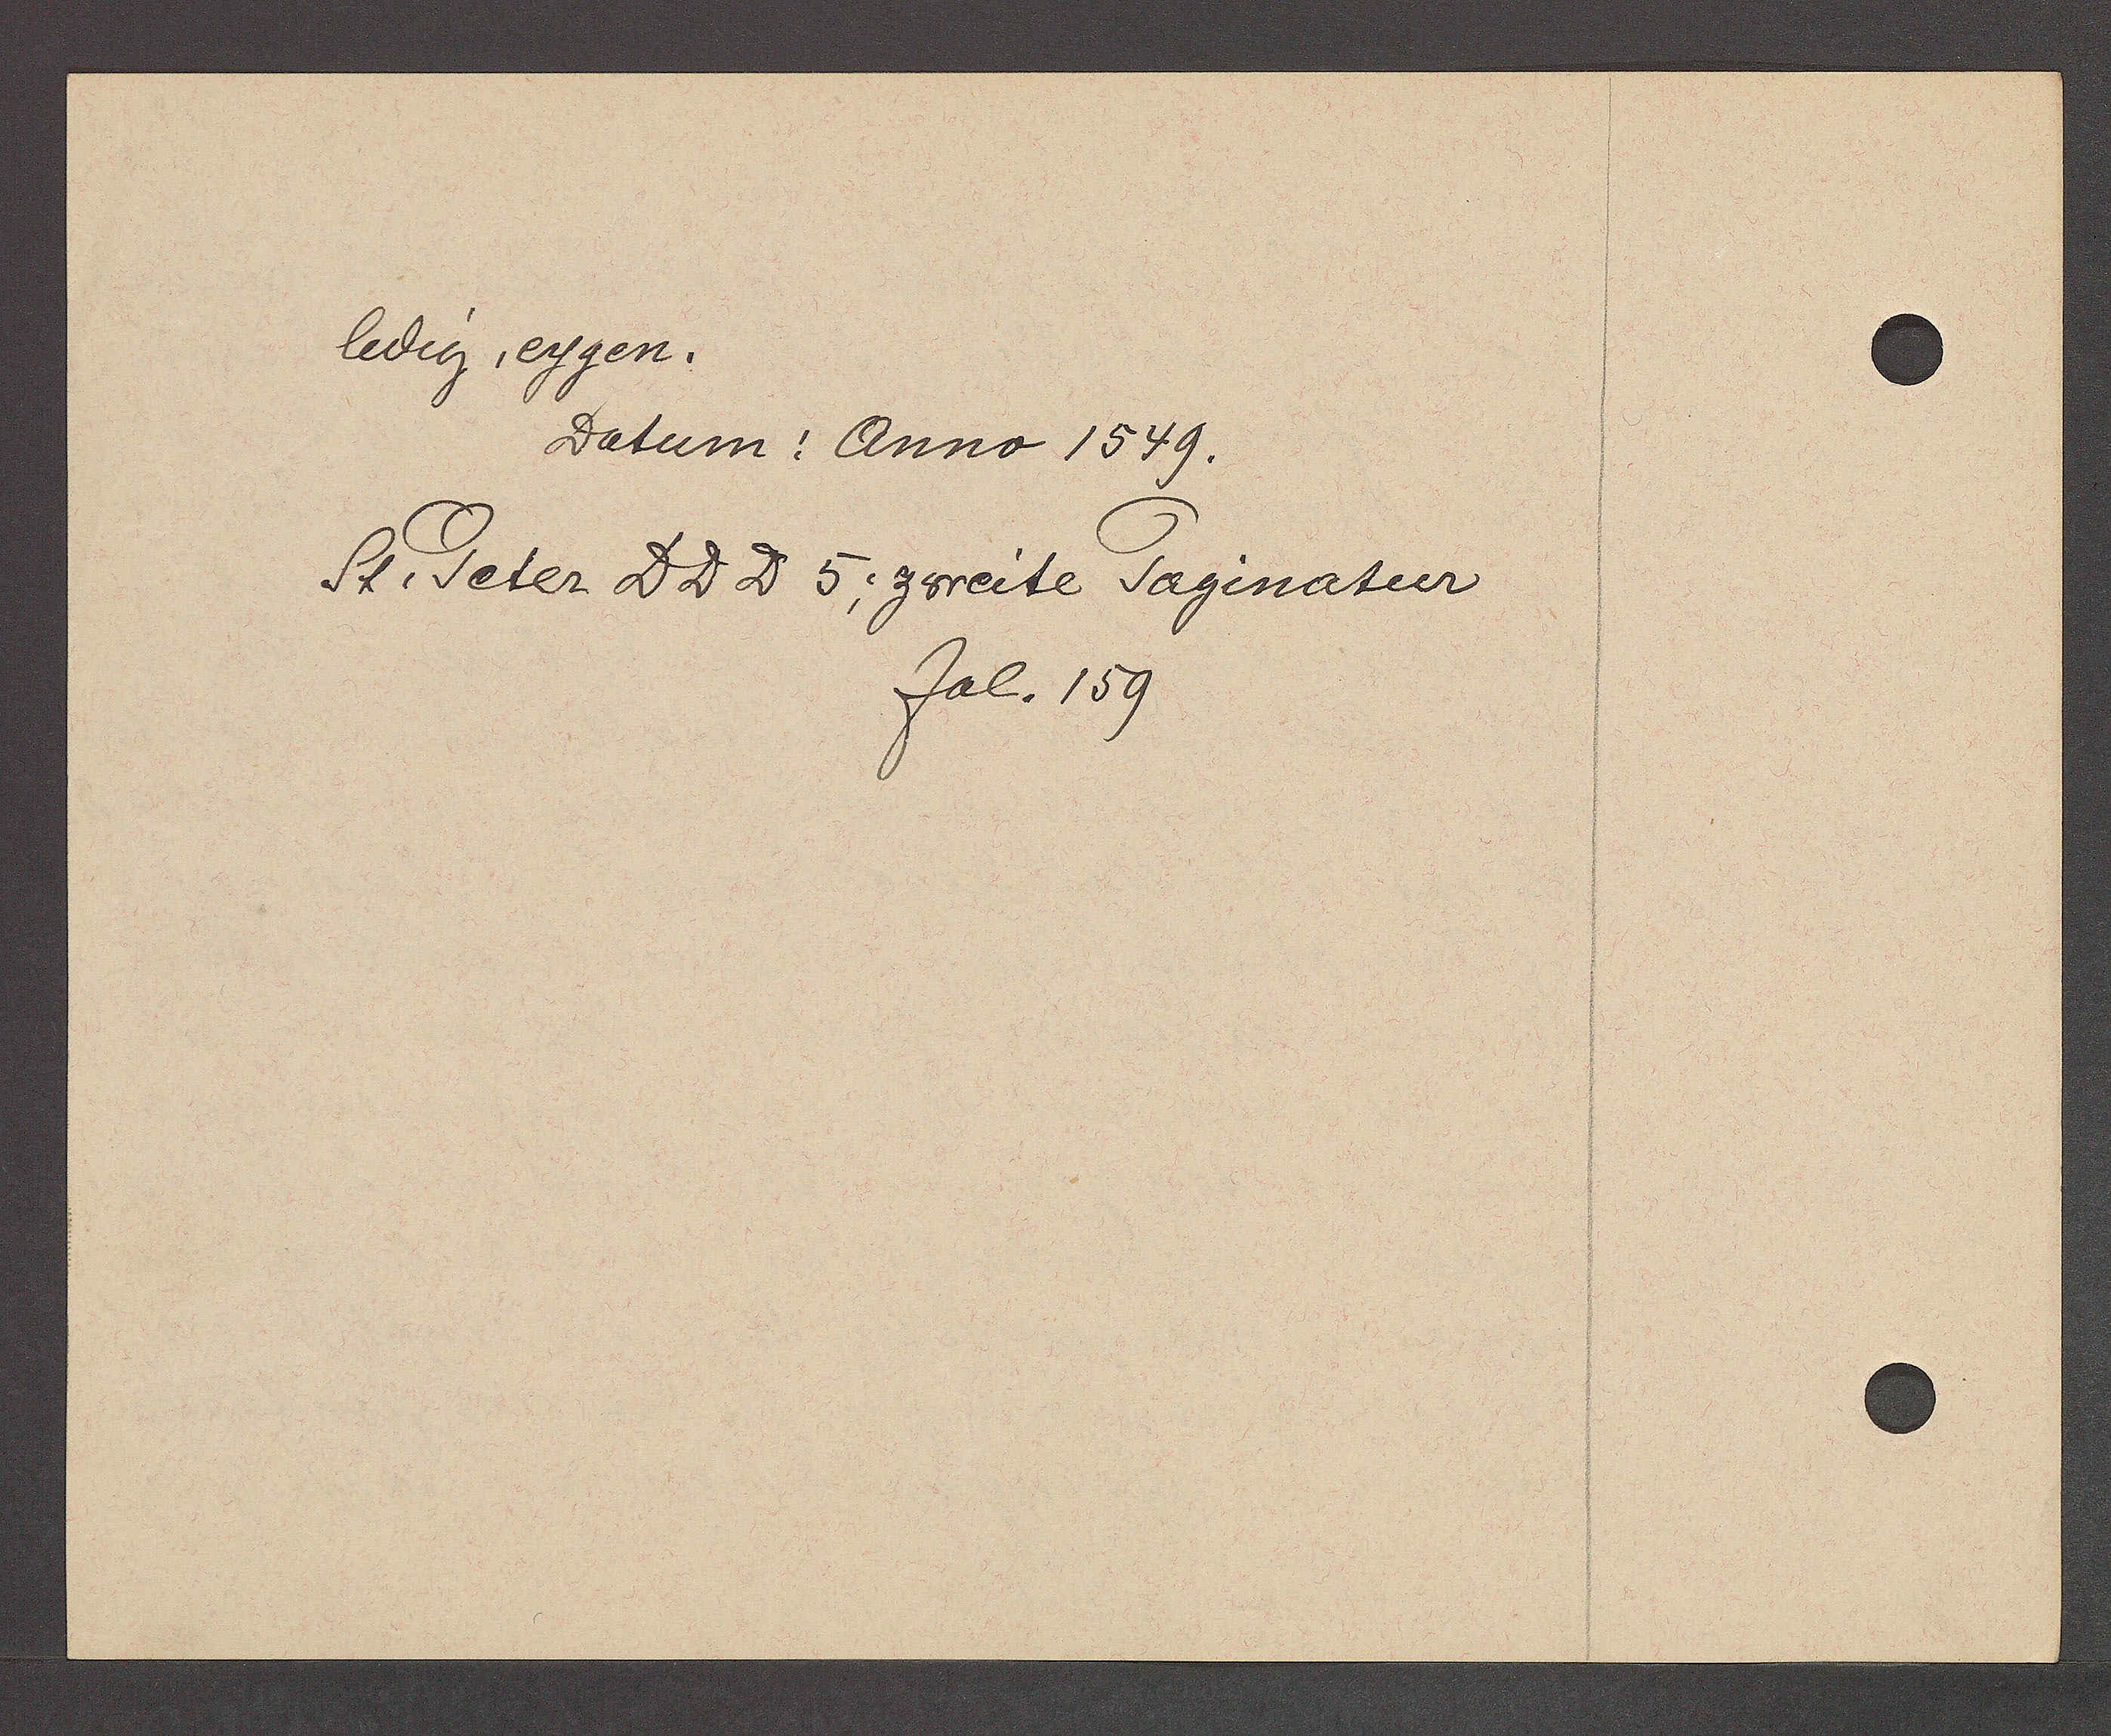
Transcript:
ledig eygen.
Datum: Anno 1549.

St. Peter DDD 5; zweite Paginaturu
fol. 159